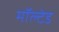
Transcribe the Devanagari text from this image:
मॉल्टेड